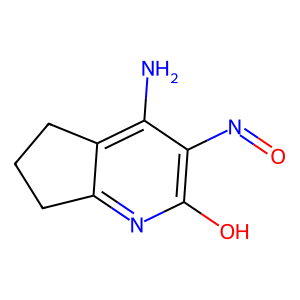
SMILES: Nc1c2c(nc(O)c1N=O)CCC2
Inhibits HIV replication: No